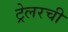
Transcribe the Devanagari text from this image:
ट्रेलरची